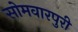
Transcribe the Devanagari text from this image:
सोमवारपुरी